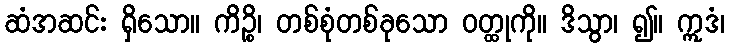
ဆံအဆင်း ရှိသော။ ကိဉ္စိ၊ တစ်စုံတစ်ခုသော ဝတ္ထုကို။ ဒိသွာ၊ ၍။ ဣဒံ၊